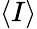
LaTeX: \left<I\right>